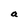
Character: a